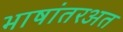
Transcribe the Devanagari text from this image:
भाषांतरअत